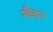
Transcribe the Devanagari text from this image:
स्कैइन